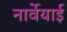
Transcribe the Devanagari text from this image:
नार्वेयाई